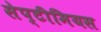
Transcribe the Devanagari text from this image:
सेप्टीमियस